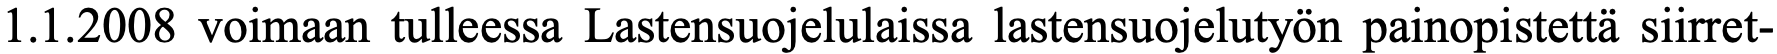
1.1.2008 voimaan tulleessa Lastensuojelulaissa lastensuojelutyön painopistettä siirret-